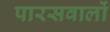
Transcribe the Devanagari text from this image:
पारसवालों